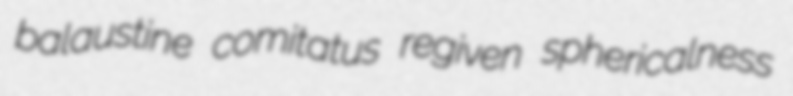
balaustine comitatus regiven sphericalness